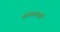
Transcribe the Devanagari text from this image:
वज्रयानाची